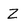
Character: Z